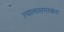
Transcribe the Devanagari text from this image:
त्यालासमरकंद